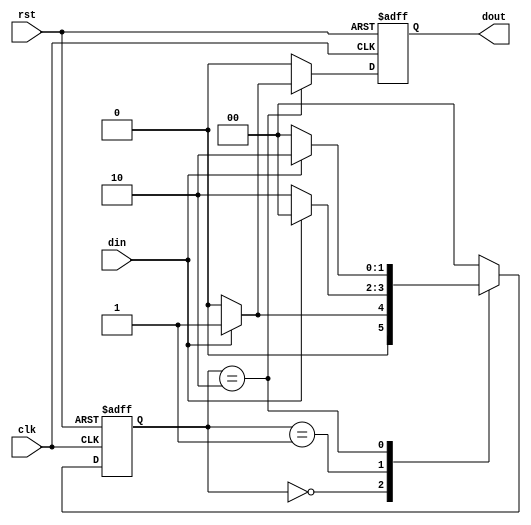
module fsm_overlapping(
	input clk,rst,din,
	output reg dout
	);
	

parameter s0=0;
parameter s1=1;
parameter s2=2;

reg [1:0] state;

always @(posedge clk or posedge rst)
if (rst)
begin
	dout <= 1'b0;
	state <= s0;
end
else
begin
case(state)

	s0: begin
		if(din == 1'b1)
			begin
			state <= s1;
			dout <= 1'b0;
			end
		else
			begin
			state <= s0;
			dout <= 1'b0;
			end
	end

	s1: begin
		if(din == 1'b0)
			begin
			state <= s2;
			dout <= 1'b0;
			end
		else
			begin
			state <= s0;
			dout <= 1'b0;
			end
	end

	s2: begin
		if(din == 1'b1)
			begin
			state <= s2;
			dout <= 1'b1;
			end
		else
			begin
			state <= s0;
			dout <= 1'b0;
			end
	end
	
default: begin
		state <= s0;
		dout <= 1'b0;
		end
	
endcase

end
endmodule